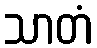
သာတံ